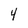
Character: 4